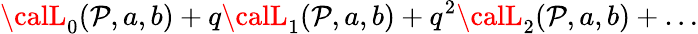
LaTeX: {\calL}_{0}(\mathcal{P},a,b)+q{\calL}_{1}(\mathcal{P},a,b)+q^{2}{\calL}_{2}(\mathcal{P},a,b)+\dots